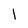
Character: l